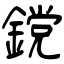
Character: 鎲